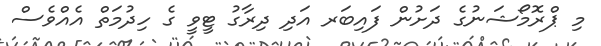
މި ޕްރޮމޯޝަނުގެ ދަށުން ފައިބަރ އަދި ދިރާގު ޓީވީ ގެ ހިދުމަތް އެއްވެސް